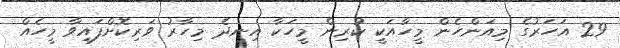
29 އަހަރުގެ މިއަންހެން މީހާއަކީ ކުރިން މީހަކާ އިނދެ މިހާރު ވަރިކޮށްފައިވާ މީހެއް